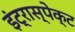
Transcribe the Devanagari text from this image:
इंट्रास्पेक्ट